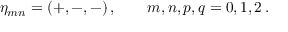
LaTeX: \eta _ { m n } = ( + , - , - ) \, , \qquad m , n , p , q = 0 , 1 , 2 \, .